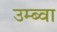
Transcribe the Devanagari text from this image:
उम्ब्वा